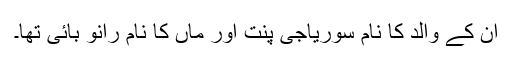
ان کے والد کا نام سوریاجی پنت اور ماں کا نام رانو بائی تھا۔